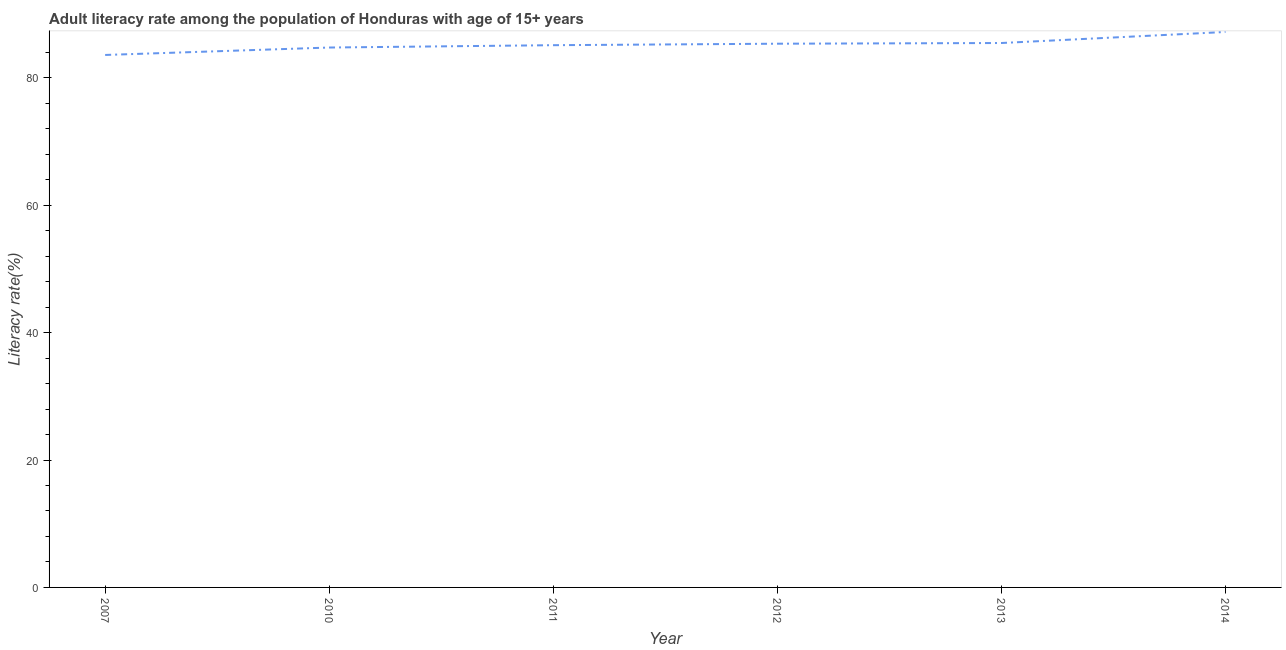
| Year | Adult literacy rate |
 | --- | --- |
 | 2007 | 83.6 |
 | 2010 | 84.8 |
 | 2011 | 85.1 |
 | 2012 | 85.4 |
 | 2013 | 85.5 |
 | 2014 | 87.2 |